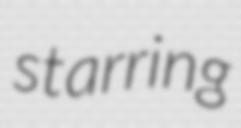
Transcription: starring